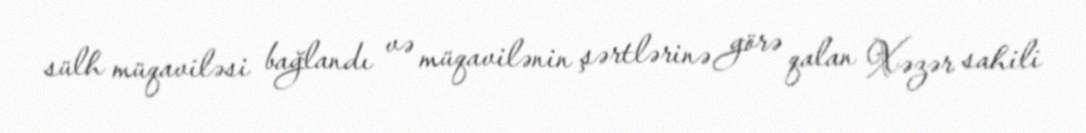
sülh müqaviləsi bağlandı və müqavilənin şərtlərinə görə qalan Xəzər sahili